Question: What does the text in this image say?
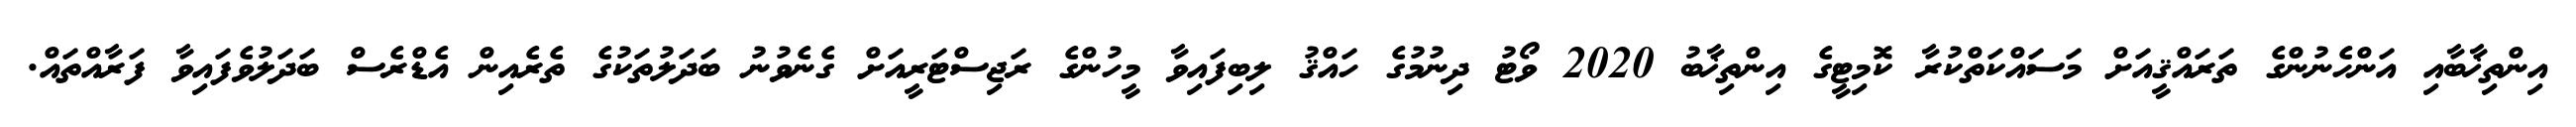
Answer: އިންތިޚާބާއި އަންހެނުންގެ ތަރައްޤީއަށް މަސައްކަތްކުރާ ކޮމިޓީގެ އިންތިޚާބު 2020 ވޯޓު ދިނުމުގެ ހައްޤު ލިބިފައިވާ މީހުންގެ ރަޖިސްޓަރީއަށް ގެނެވުނު ބަދަލުތަކުގެ ތެރެއިން އެޑްރެސް ބަދަލުވެފައިވާ ފަރާއްތައް.